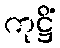
ကုဋ္ဌိံ